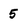
Character: 5